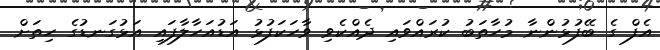
އެފް ގެ ބޭފުޅުންނާ މުހާތަބު ކުރައްވައި ދެއްކެވި ވާހަކަފުޅު އަޑުއަހާލާފައި އަޅުގަނޑުގެ ހިތަށް